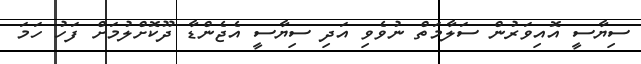
ސިޔާސީ އޮއިވަރުން ސަލާމަތް ނުވެވި އަދި ސިޔާސީ އެޖެންޑާ ދޫކޮށްލުމަށް ފަހު ހަމަ